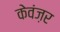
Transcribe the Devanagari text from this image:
केवंज़र